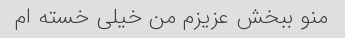
منو ببخش عزیزم من خیلی خسته ام